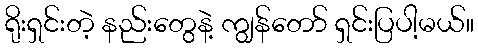
ရိုးရှင်းတဲ့ နည်းတွေနဲ့ ကျွန်တော် ရှင်းပြပါ့မယ်။